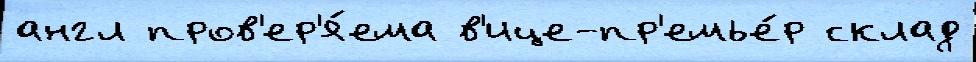
англ пров'ер'я́ема в'ице-пр'емье́р склад